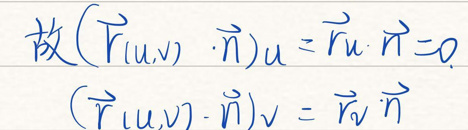
故\((\vec{n}_{(u,v)}\cdot\vec{n})\vec{u}=\vec{n}\vec{u}\cdot\vec{n}=0\)

\((\vec{n}_{(u,v)}-\vec{n})\vec{v}=\vec{n}\vec{v}\cdot\vec{n}\)